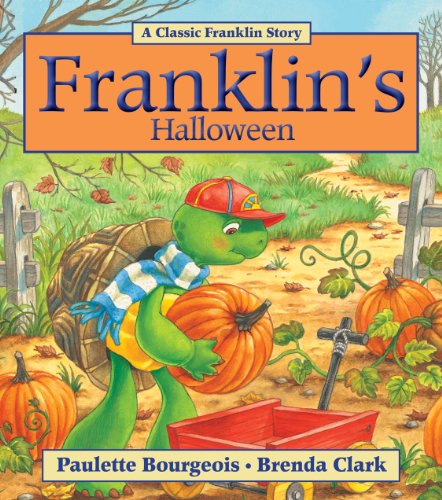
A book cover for Franklin's Halloween; Paulette Bourgeois; Children's Books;